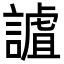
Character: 謯